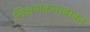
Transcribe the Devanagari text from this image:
शिक्षणक्रमाबाबत